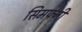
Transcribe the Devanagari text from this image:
सिमफ्नी